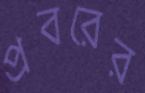
প্রবরের